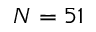
N = 5 1